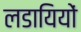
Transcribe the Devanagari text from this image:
लडायियों